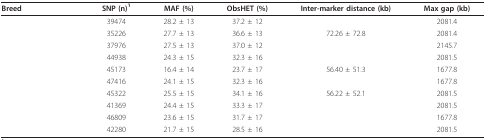
<table><thead><tr><td><b>Breed</b></td><td><b>SNP (n)<sup>1</sup></b></td><td><b>MAF (%)</b></td><td><b>ObsHET (%)</b></td><td><b>Inter-marker distance (kb)</b></td><td><b>Max gap (kb)</b></td></tr></thead><tbody><tr><td>[EMPTY_CELL]</td><td>39474</td><td>28.2 ± 13</td><td>37.2 ± 12</td><td>[EMPTY_CELL]</td><td>2081.4</td></tr><tr><td>[EMPTY_CELL]</td><td>35226</td><td>27.7 ± 13</td><td>36.6 ± 13</td><td>72.26 ± 72.8</td><td>2081.4</td></tr><tr><td>[EMPTY_CELL]</td><td>37976</td><td>27.5 ± 13</td><td>37.0 ± 12</td><td>[EMPTY_CELL]</td><td>2145.7</td></tr><tr><td>[EMPTY_CELL]</td><td>44938</td><td>24.3 ± 15</td><td>32.3 ± 16</td><td>[EMPTY_CELL]</td><td>2081.5</td></tr><tr><td>[EMPTY_CELL]</td><td>45173</td><td>16.4 ± 14</td><td>23.7 ± 17</td><td>56.40 ± 51.3</td><td>1677.8</td></tr><tr><td>[EMPTY_CELL]</td><td>47416</td><td>24.1 ± 15</td><td>32.3 ± 16</td><td>[EMPTY_CELL]</td><td>1677.8</td></tr><tr><td>[EMPTY_CELL]</td><td>45322</td><td>25.5 ± 15</td><td>34.1 ± 16</td><td>56.22 ± 52.1</td><td>2081.5</td></tr><tr><td>[EMPTY_CELL]</td><td>41369</td><td>24.4 ± 15</td><td>33.3 ± 17</td><td>[EMPTY_CELL]</td><td>2081.5</td></tr><tr><td>[EMPTY_CELL]</td><td>46809</td><td>23.6 ± 15</td><td>31.7 ± 17</td><td>[EMPTY_CELL]</td><td>1677.8</td></tr><tr><td>[EMPTY_CELL]</td><td>42280</td><td>21.7 ± 15</td><td>28.5 ± 16</td><td>[EMPTY_CELL]</td><td>2081.5</td></tr></tbody></table>